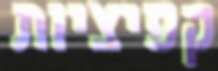
קפיציות